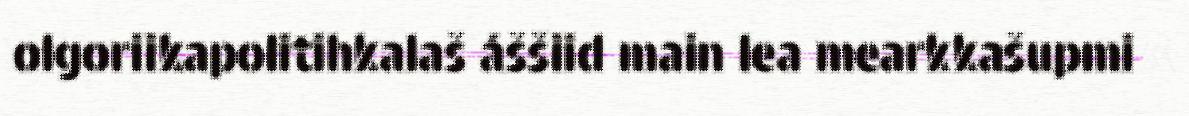
olgoriikapolitihkalaš áššiid main lea mearkkašupmi